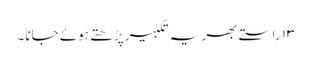
۱۳ راستے بھر یہ تکبیر پڑھتے ہوئے جانا۔